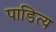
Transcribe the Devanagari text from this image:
पाडित्य